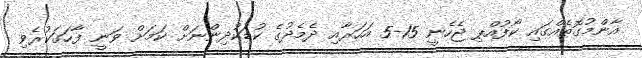
އާންމުގޮތެއްގައި ކޯފުއްޕި ޖެހެނީ 15-5 އަހަރާއި ދެމެދުގެ ކުޑަކުދިންނަށް ކަމަށް ވަނީ ފާހަގަކުރެވި